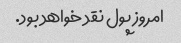
امروز پول نقد خواهد بود.